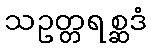
သဥတ္တရစ္ဆဒံ